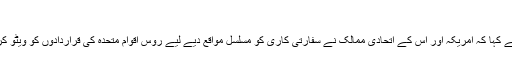
'
نکی ہیلی نے کہا کہ امریکہ اور اس کے اتحادی ممالک نے سفارتی کاری کو مسلسل مواقع دیے لیے روس اقوام متحدہ کی قراردادوں کو ویٹو کرتا چلا گیا۔